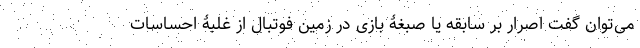
می‌توان گفت اصرار بر سابقه یا صبغۀ بازی در زمین فوتبال از غلبۀ احساسات